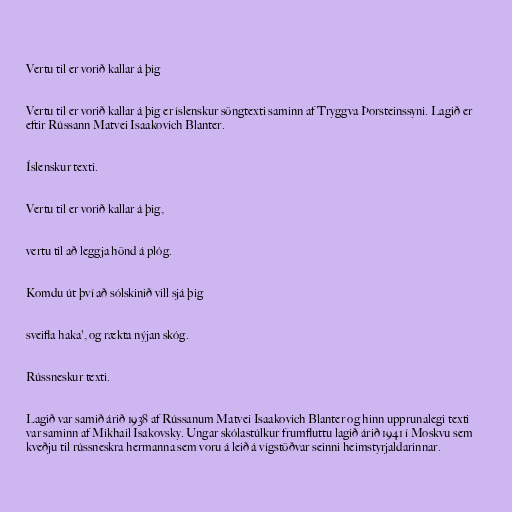
Vertu til er vorið kallar á þig

Vertu til er vorið kallar á þig er íslenskur söngtexti saminn af Tryggva Þorsteinssyni. Lagið er
eftir Rússann Matvei Isaakovich Blanter.

Íslenskur texti.

Vertu til er vorið kallar á þig,

vertu til að leggja hönd á plóg.

Komdu út því að sólskinið vill sjá þig

sveifla haka', og rækta nýjan skóg.

Rússneskur texti.

Lagið var samið árið 1938 af Rússanum Matvei Isaakovich Blanter og hinn upprunalegi texti
var saminn af Mikhail Isakovsky. Ungar skólastúlkur frumfluttu lagið árið 1941 í Moskvu sem
kveðju til rússneskra hermanna sem voru á leið á vígstöðvar seinni heimstyrjaldarinnar.